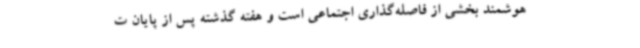
هوشمند بخشی از فاصله‌گذاری اجتماعی است و هفته گذشته پس از پایان ت